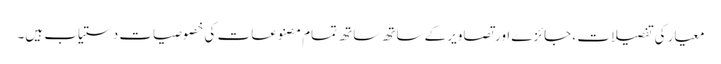
معیار کی تفصیلات ، جائزے اور تصاویر کے ساتھ ساتھ تمام مصنوعات کی خصوصیات دستیاب ہیں۔